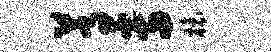
蒿专榱